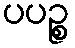
ပပဉ္စ